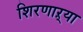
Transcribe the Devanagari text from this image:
शिरणाऱ्या